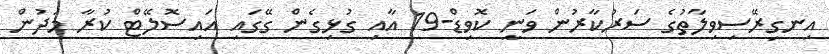
އިނގިރޭސިވިލާތުގެ ސަރުކާރުން ވަނީ ކޮވިޑް-19 އާއި ގުޅިގެން ގޭގައި އައިސޮލޭޓް ކުރާ މަދުން